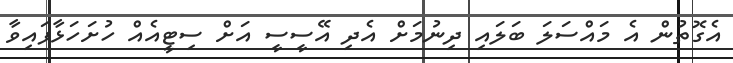
އެގޮތުން އެ މައްސަލަ ބަލައި ދިނުމަށް އެދި އޭސީސީ އަށް ސިޓީއެއް ހުށަހަޅާފައިވާ